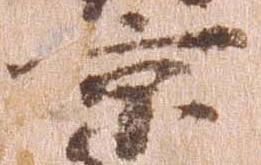
京